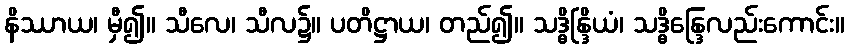
နိဿာယ၊ မှီ၍။ သီလေ၊ သီလ၌။ ပတိဋ္ဌာယ၊ တည်၍။ သဒ္ဓိန္ဒြိယံ၊ သဒ္ဓိန္ဒြေလည်းကောင်း။